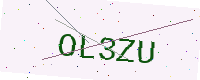
Text: OL3ZU